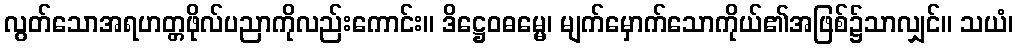
လွတ်သောအရဟတ္တဖိုလ်ပညာကိုလည်းကောင်း။ ဒိဋ္ဌေဝဓမ္မေ၊ မျက်မှောက်သောကိုယ်၏အဖြစ်၌သာလျှင်။ သယံ၊